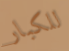
للكبار